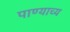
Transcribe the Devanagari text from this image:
पाण्याच्य